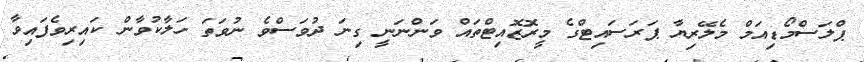
ޕްލަސްމޯޑިއަމް މެލޭރިޔާ ޕަރަސައިޓްގެ މީރޮޒޮއިޓްތައް ވަންނަނީ ގިނަ ދުވަސްވެ ނުވަތަ ހަލާކުވާން ކައިރިވެފައިވާ